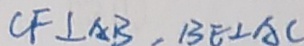
C F \bot A B , B E \bot A C